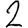
Digit: 2